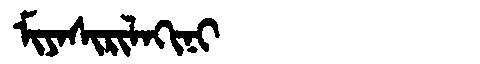
Manchu: ᠮᡳᠶᠠᠰᡳᡵᡳᠯᠠᡴᡳᠨᡳ
Romanization: MIYASIRILAKINI